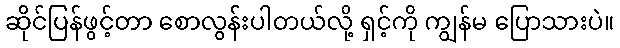
ဆိုင်ပြန်ဖွင့်တာ စောလွန်းပါတယ်လို့ ရှင့်ကို ကျွန်မ ပြောသားပဲ။